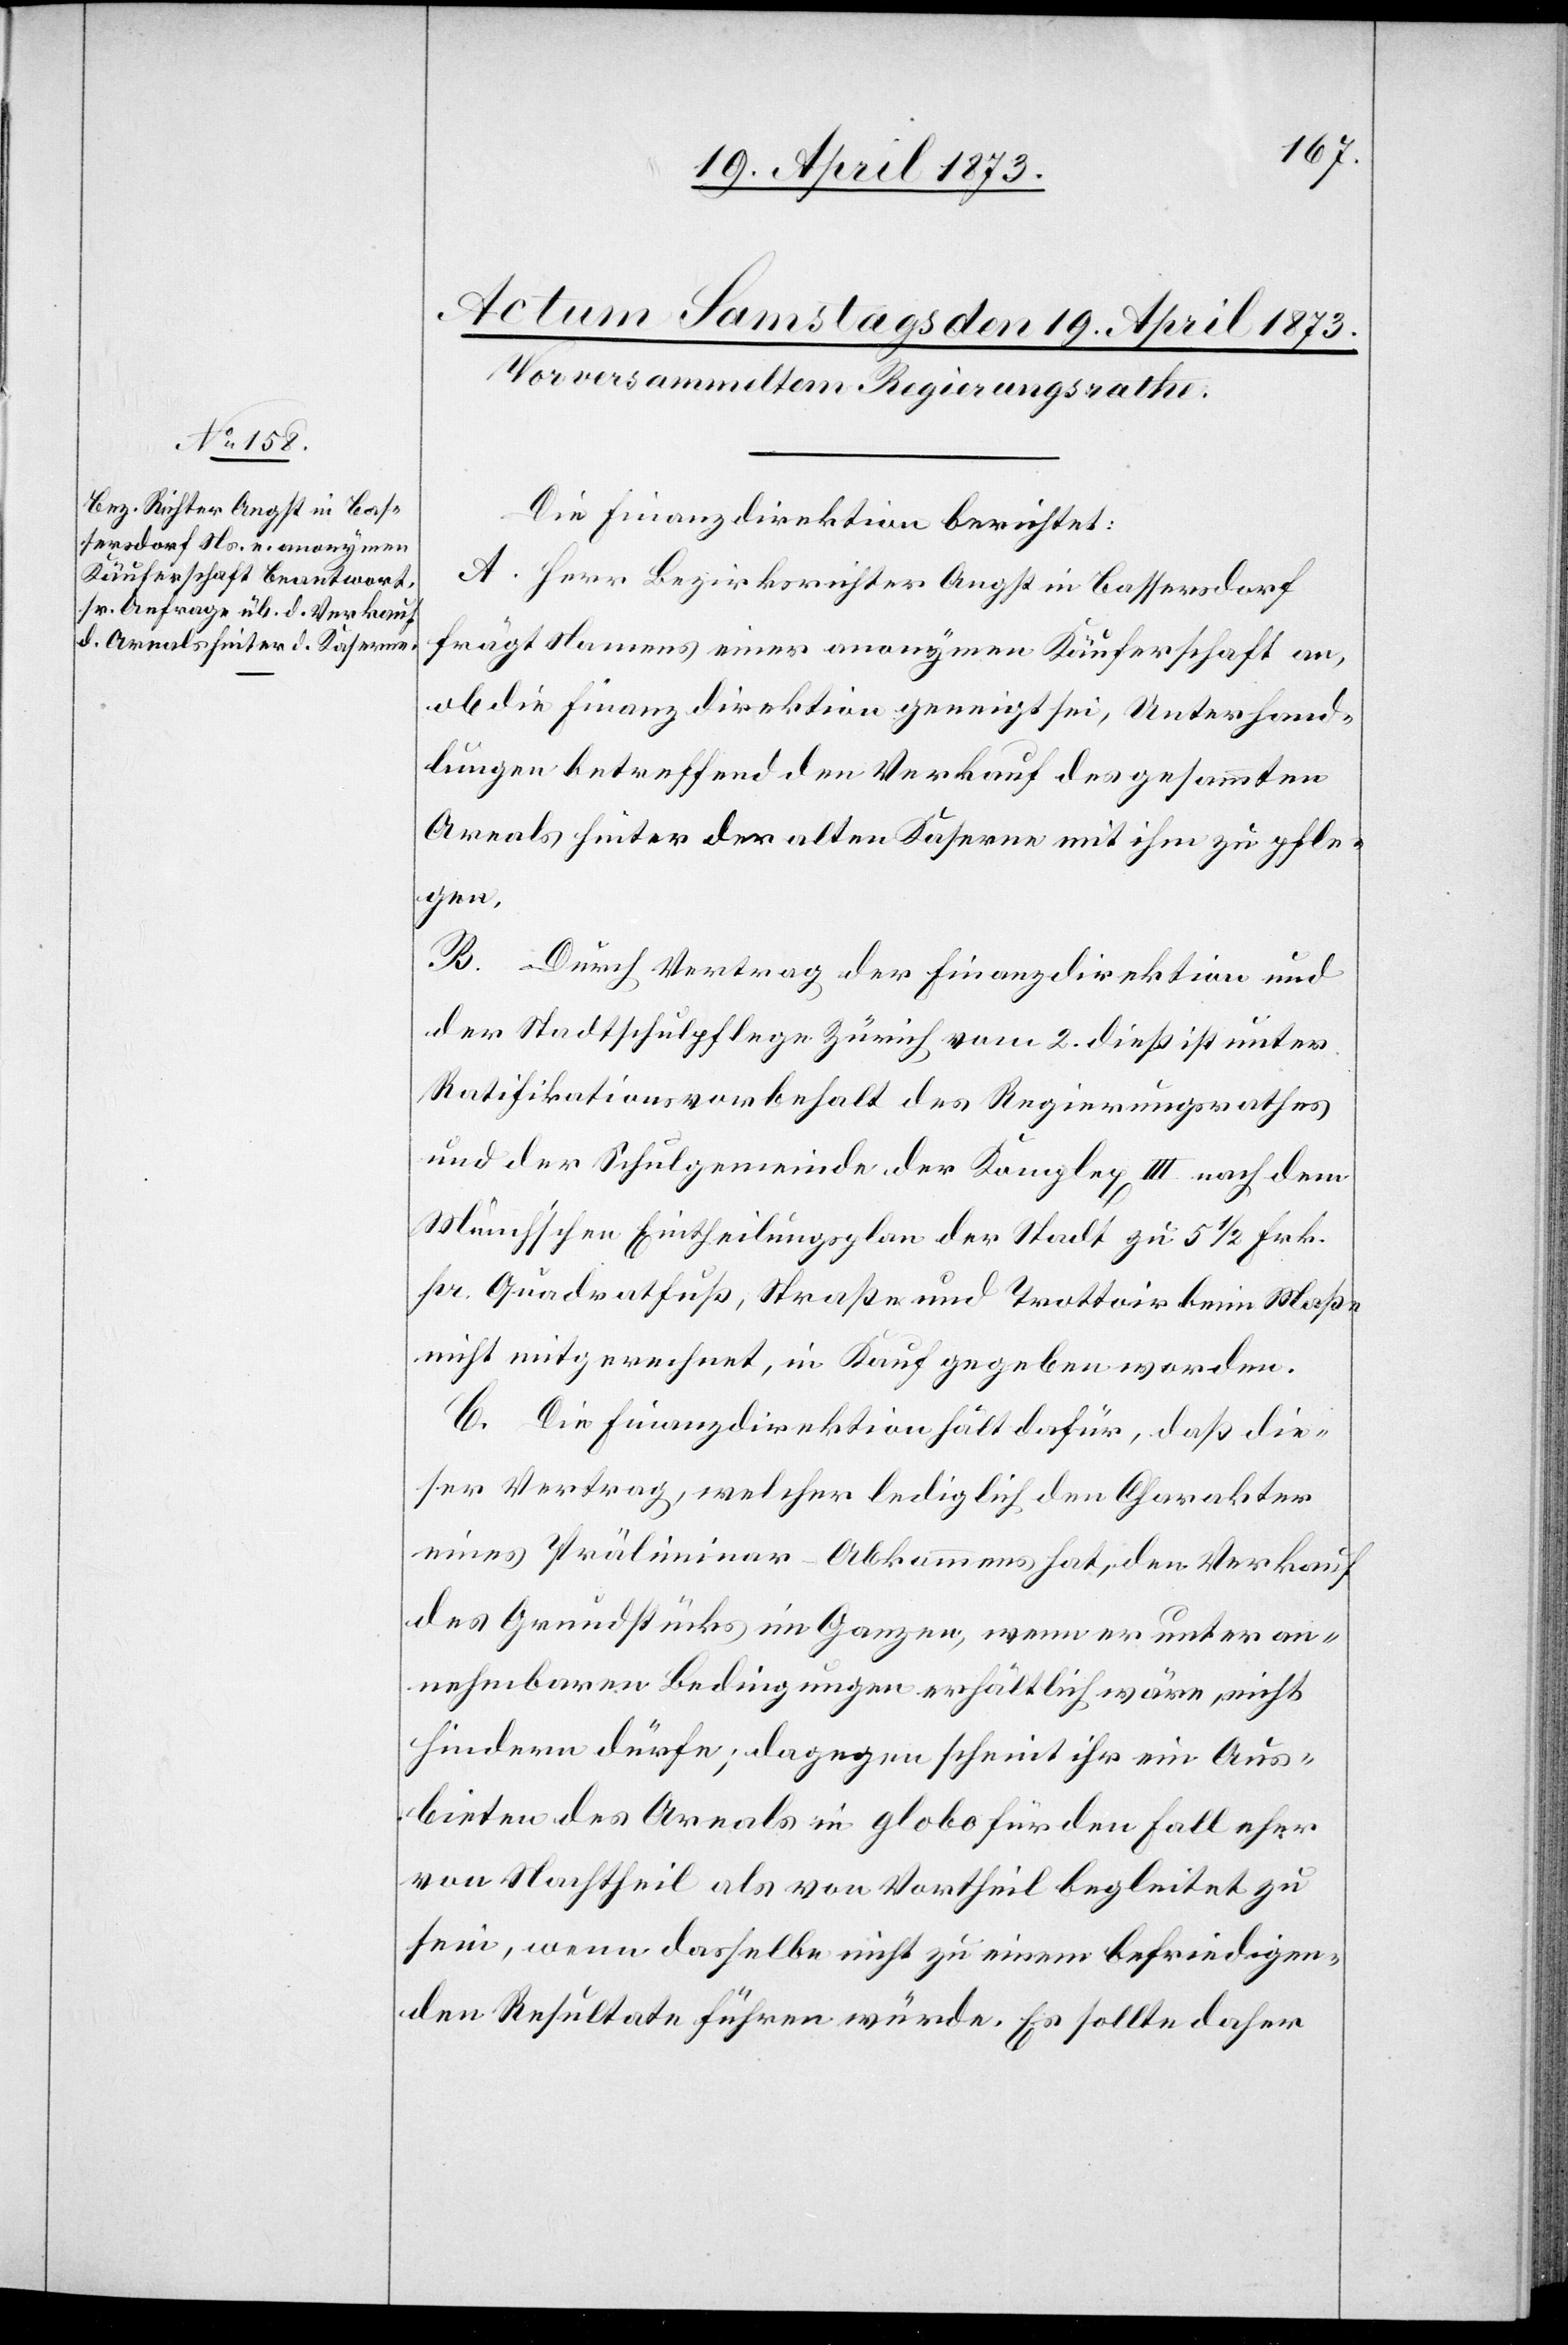
Die Finanzdirektion berichtet:
A. Herr Bezirksrichter Angst in Bassersdorf
frägt Namens einer anonymen Käuferschaft an,
ob die Finanzdirektion geneigt sei, Unterhand¬
lungen betreffend den Verkauf des gesammten
Areals hinter der alten Kaserne mit ihm zu pfle¬
gen.
B. Durch Vertrag der Finanzdirektion und
der Stadtschulpflege Zürich vom 2. dieß ist unter
Ratifikationsvorbehalt des Regierungsrathes
und der Schulgemeinde der Komplex III nach dem
Münch’schen Eintheilungsplan der Stadt zu 51/2 Frk.
pr. Quadratfuß, Straße und Trottoir beim Maße
nicht mitgerechnet, in Kauf gegeben worden.
C. Die Finanzdirektion hält dafür, daß die¬
ser Vertrag, welcher lediglich den Charakter
eines Präliminar-Abkommens hat, den Verkauf
des Grundstücks im Ganzen, wenn er unter an¬
nehmbaren Bedingungen erhältlich wäre, nicht
hindern dürfe; dagegen scheint ihr ein Aus¬
bieten des Areals in globo für den Fall eher
von Nachtheil als von Vortheil begleitet zu
sein, wenn dasselbe nicht zu einem befriedigen¬
den Resultate führen würde. Es sollte daher